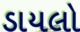
ડાયલો